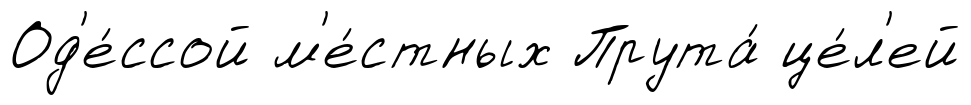
Од'е́ссой м'е́стных Прута́ це́л'ей